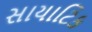
સાયાટિક